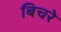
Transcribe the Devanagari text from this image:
बिचरे